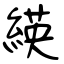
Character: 緓